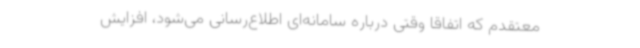
معتقدم که اتفاقا وقتی درباره سامانه‌ای اطلاع‌رسانی می‌شود، افزایش